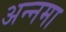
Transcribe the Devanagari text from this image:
अन्नमा